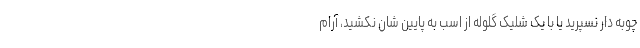
چوبه دار نسپرید یا با یک شلیک گلوله از اسب به پایین شان نکشید، آرام